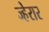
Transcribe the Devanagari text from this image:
ज्हेरार